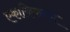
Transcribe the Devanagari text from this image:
एकाकिकरण